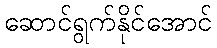
ဆောင်ရွက်နိုင်အောင်